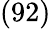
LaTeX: (92)